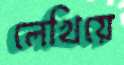
লেখিয়ে